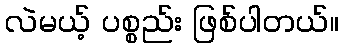
လဲမယ့် ပစ္စည်း ဖြစ်ပါတယ်။